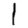
Digit: 1